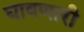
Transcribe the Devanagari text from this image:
घावणारी